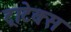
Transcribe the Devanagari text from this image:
ट्राटेक्स